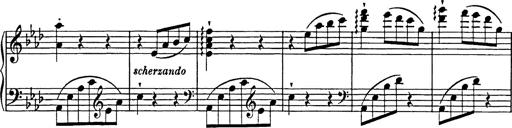
Title: Feuilles d'Album
Composer: Percy Godfrey